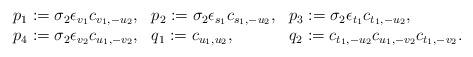
LaTeX: \begin{align*}\begin{array}{lll}p_1:= \sigma_2 \epsilon_{v_1} c_{v_1, -u_2}, & p_2 := \sigma_2 \epsilon_{s_1} c_{s_1, -u_2}, & p_3:= \sigma_2\epsilon_{t_1} c_{t_1,-u_2}, \\p_4:= \sigma_2 \epsilon_{v_2} c_{u_1, -v_2}, & q_1 :=c_{u_1, u_2}, & q_2 := c_{t_1,-u_2}c_{u_1,-v_2}c_{t_1,-v_2}. \end{array}\end{align*}